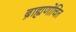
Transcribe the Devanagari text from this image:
ब्राह्मणोचित